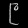
Digit: ၉